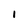
Character: I